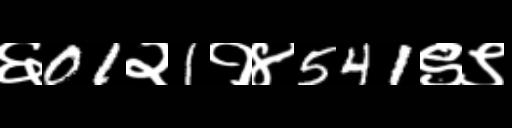
Text: ६01२1१४541९९